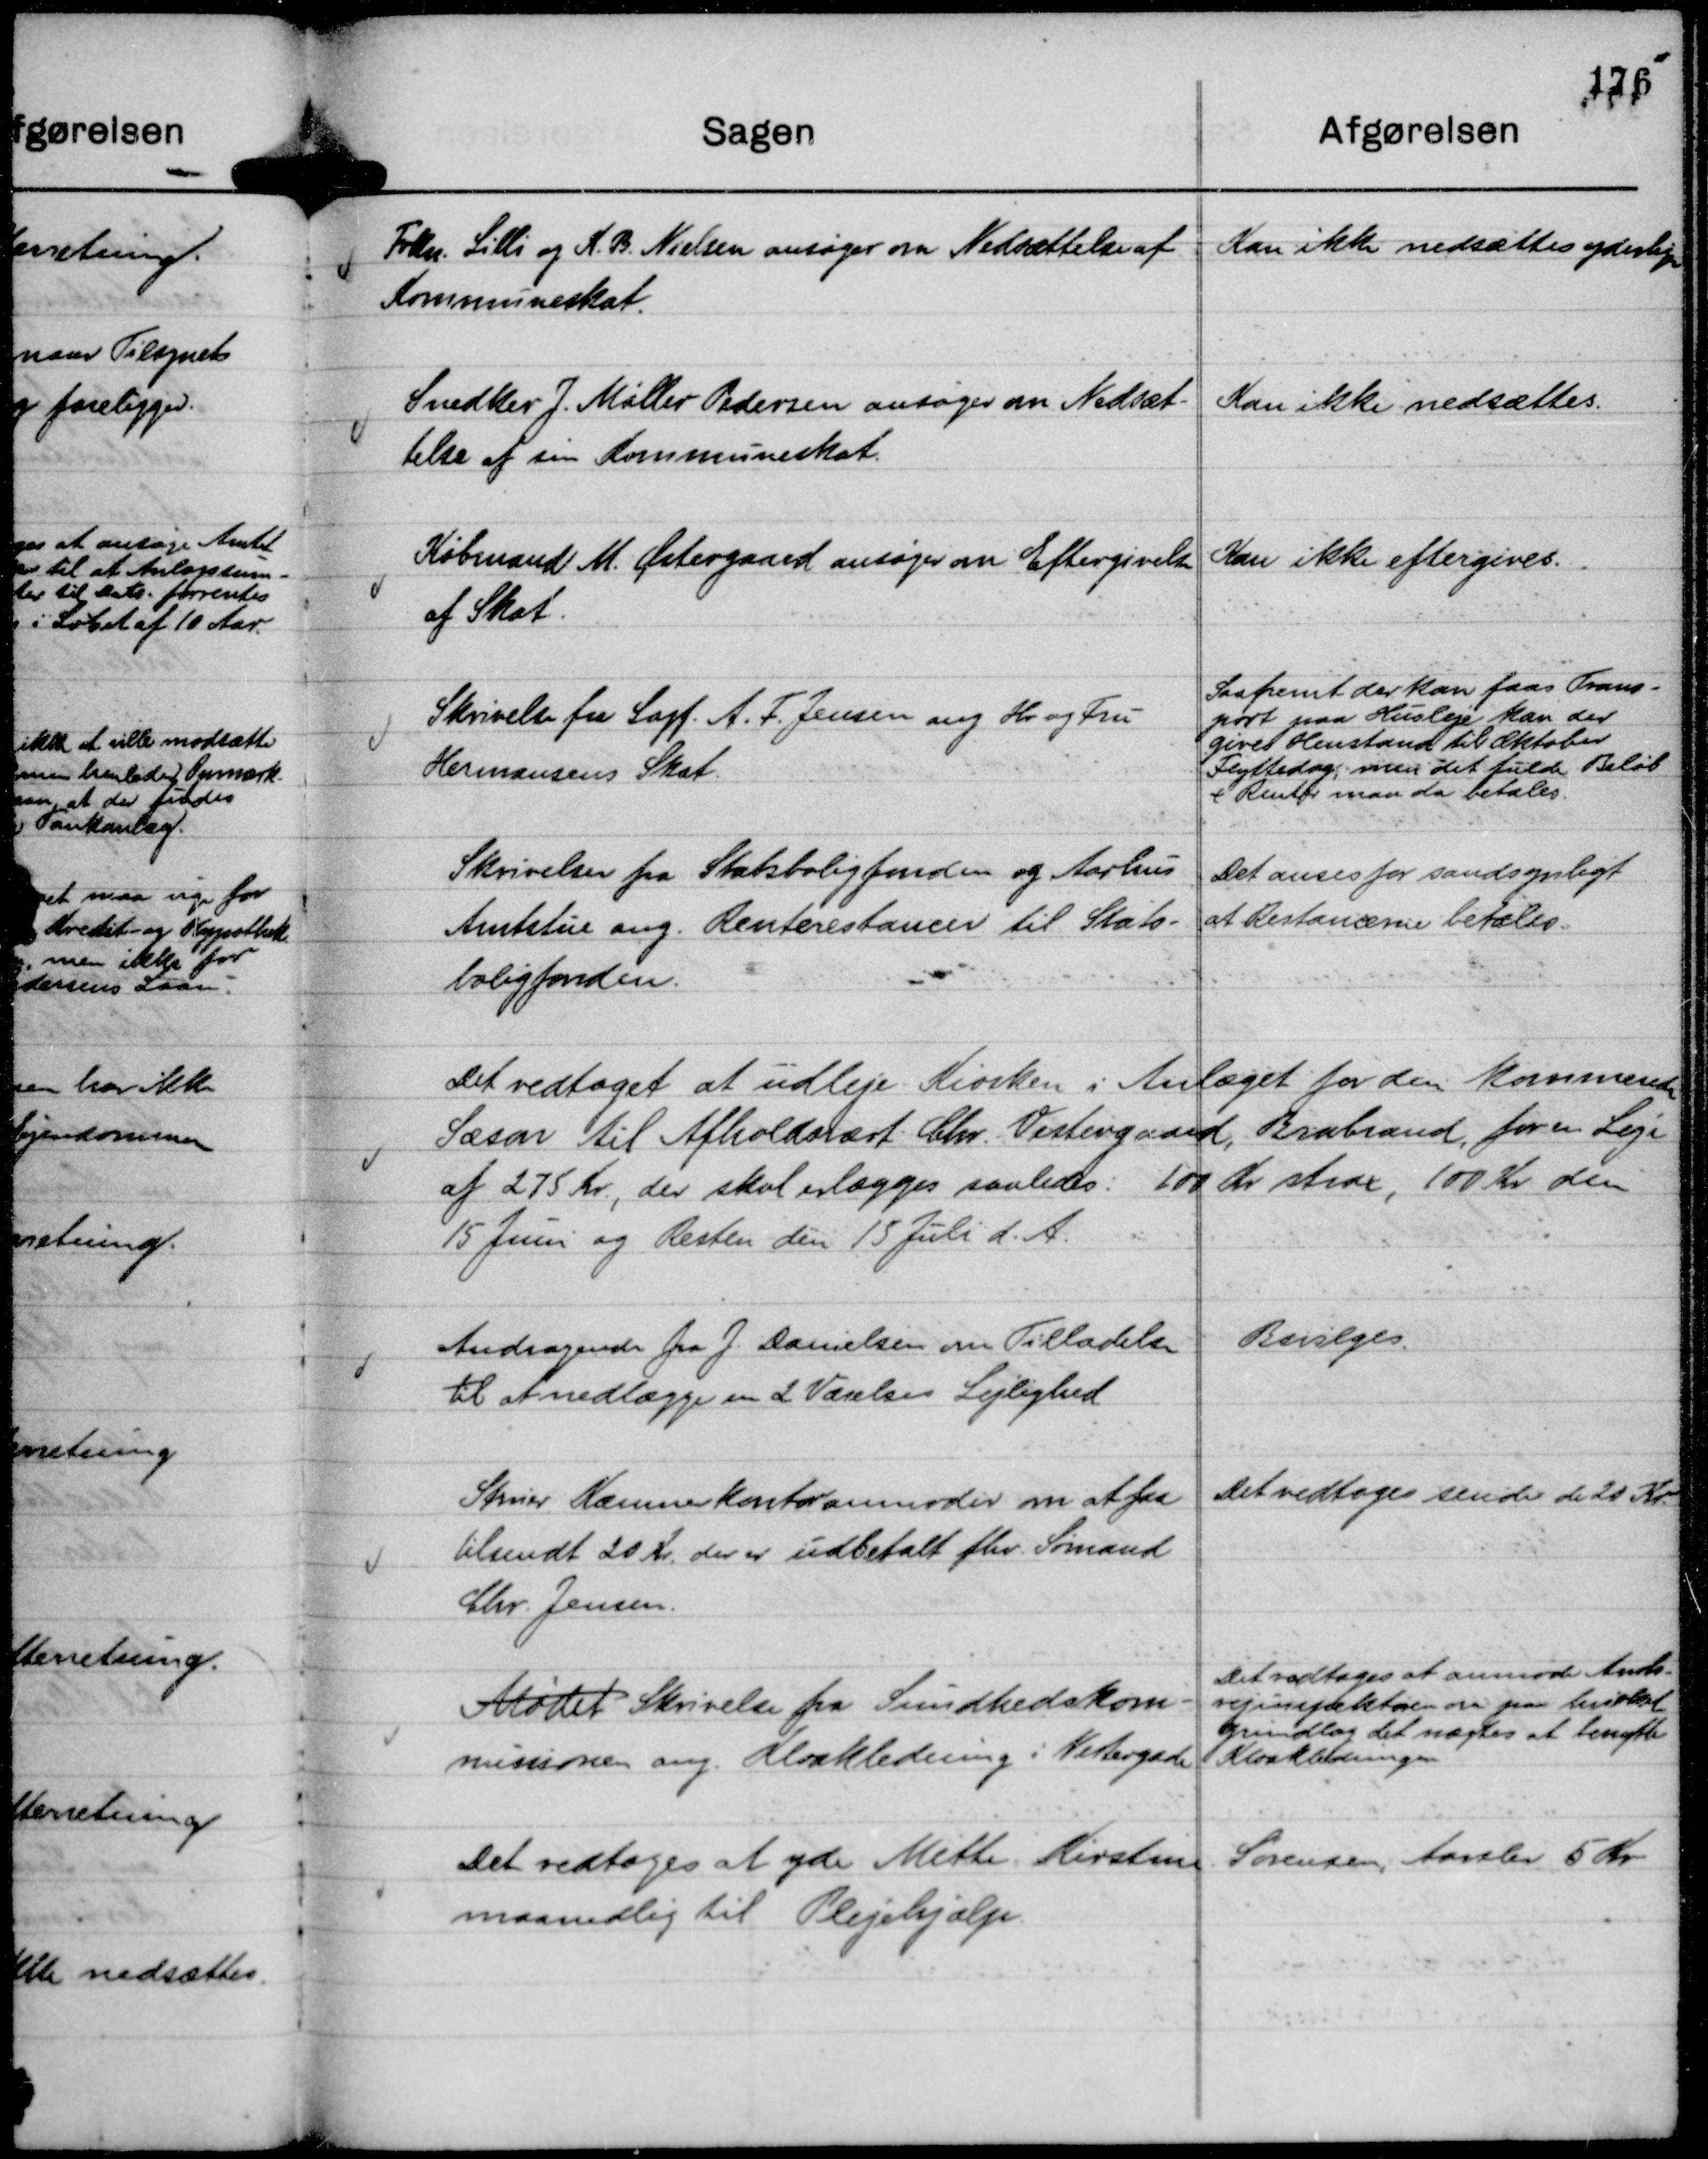
Transskription:
Frkn. Lilli og K. B. Nielsen ansøger om Nedsættelse af
Kommuneskat.

Kan ikke nedsættes yderliger

Snedker J. Møller Pedersen ansøger om Nedsæt-
telse af sin Kommuneskat.

Kan ikke nedsættes.

Købmand M. Østergaard ansøger om Eftergivelse
af Skat.

Kan ikke eftergives.

Skrivelse fra Sagf. A. F. Jensen ang Hr og Fru
Hermansens Skat.

Saafremt der kan faas Trans-
port paa Husleje kan der
gives Henstand til Oktober
Flyttedag, men det fulde Beløb
+ Renter maa da betales.

Skrivelser fra Statsboligfonden og Aarhus
Amtstue ang. Renterestancer til Stats-
boligfonden.

Det anses for sandsynligt
at Restancerne betales.

Det vedtoget at udleje Kiosken i Anlæget for den kommende
Sæson til Afholdsvært Chr. Vestergaard, Brabrand, for en Leje
af 275 Kr., der skal erlægges saaledes: 100 Kr strax, 100 Kr den
15 Juni og Resten den 15 Juli d. A.

Andragende fra J. Danielsen om Tilladelse
til at nedlægge en 2 Værelses Lejlighed

Bevilges.

Struer Kæmnerkontor anmoder om at faa
tilsendt 20 Kr. der er udbetalt fhv. Sømand
Chr. Jensen.

Det vedtoges sende de 20 Kr.

Mødet Skrivelse fra Sundhedskom-
missionen ang. Kloakledning i Vestergade

Det vedtages at anmode Amts-
vejinspektøren om paa hvilket
grundlag det nægtes at benytte
Kloakledningen

Det vedtoges at yde Mette Kirstine Sørensen, Aarslev 5 Kr
maanedlig til Plejehjælp.